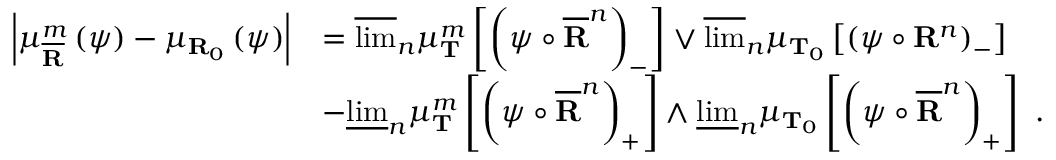
\begin{array} { r l } { \left\vert \mu _ { \overline { { \mathbf { R } } } } ^ { m } \left( \psi \right) - \mu _ { \mathbf { R } _ { 0 } } \left( \psi \right) \right\vert } & { = \overline { { \operatorname* { l i m } } } _ { n } \mu _ { \mathbf { T } } ^ { m } \left[ \left( \psi \circ \overline { { \mathbf { R } } } ^ { n } \right) _ { - } \right] \vee \overline { { \operatorname* { l i m } } } _ { n } \mu _ { \mathbf { T } _ { 0 } } \left[ \left( \psi \circ \mathbf { R } ^ { n } \right) _ { - } \right] } \\ & { - \underline { { \operatorname* { l i m } } } _ { n } \mu _ { \mathbf { T } } ^ { m } \left[ \left( \psi \circ \overline { { \mathbf { R } } } ^ { n } \right) _ { + } \right] \wedge \underline { { \operatorname* { l i m } } } _ { n } \mu _ { \mathbf { T } _ { 0 } } \left[ \left( \psi \circ \overline { { \mathbf { R } } } ^ { n } \right) _ { + } \right] \ . } \end{array}